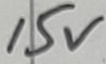
Text: 15V